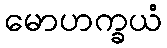
မောဟက္ခယံ